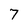
Character: 7